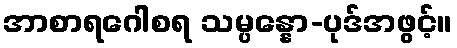
အာစာရဂေါစရ သမ္ပန္နော-ပုဒ်အဖွင့်။